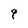
Character: q